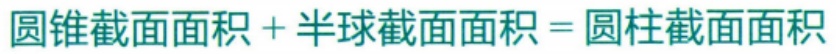
圆锥截面面积 + 半球截面面积 = 圆柱截面面积